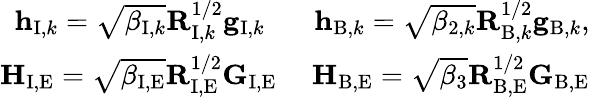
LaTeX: \begin{array}{r}{{\mathbf h}_{\mathrm{I},k}=\sqrt{\beta_{\mathrm{I},k}}\mathbf{R}_{\mathrm{I},k}^{1/2}{\mathbf g}_{\mathrm{I},k}\quad\ \ \ {\mathbf h}_{\mathrm{B},k}=\sqrt{\beta_{2,k}}\mathbf{R}_{\mathrm{B},k}^{1/2}{\mathbf g}_{\mathrm{B},k},}\\ {{\mathbf H}_{\mathrm{I,E}}=\sqrt{\beta_{\mathrm{I,E}}}\mathbf{R}_{\mathrm{I,E}}^{1/2}\mathbf{G}_{\mathrm{I,E}}\quad\ {\mathbf H}_{\mathrm{B,E}}=\sqrt{\beta_{3}}\mathbf{R}_{\mathrm{B,E}}^{1/2}\mathbf{G}_{\mathrm{B,E}}}\end{array}